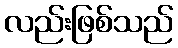
လည်းဖြစ်သည်